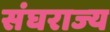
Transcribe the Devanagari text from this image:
संघराज्‍य